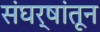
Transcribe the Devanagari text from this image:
संघर्षांतून